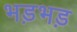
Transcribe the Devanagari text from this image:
भड़भड़